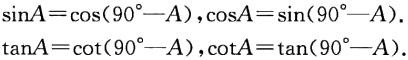
\[\sin A=\cos(90^{\circ}-A),\cos A=\sin(90^{\circ}-A).\]

\[\tan A = \cot(90^{\circ}-A),\cot A=\tan(90^{\circ}-A).\]